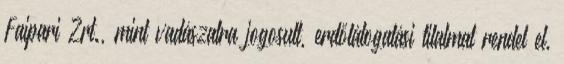
Faipari Zrt., mint vadászatra jogosult, erdőlátogatási tilalmat rendel el,